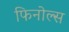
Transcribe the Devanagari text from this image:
फिनोल्स